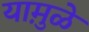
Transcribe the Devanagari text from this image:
यामु़ळे